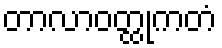
တာလာဝတ္ထုကတံ